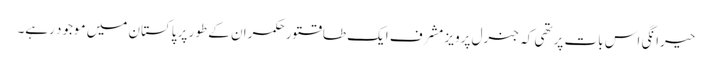
حیرانگی اس بات پر تھی کہ جنرل پرویز مشرف ایک طاقتور حکمران کے طور پر پاکستان میں موجود رہے۔